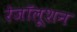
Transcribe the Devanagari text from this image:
रेजॉलूशन